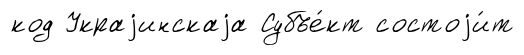
код Украjинскаjа Субъе́кт состоjи́т